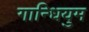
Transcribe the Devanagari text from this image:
गान्धियुम